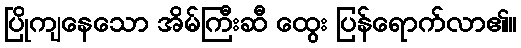
ပြိုကျနေသော အိမ်ကြီးဆီ ထွေး ပြန်ရောက်လာ၏။